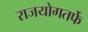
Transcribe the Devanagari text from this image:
राजयोगतर्फे